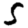
Digit: 5